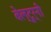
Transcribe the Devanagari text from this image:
बेल्टूर्नी